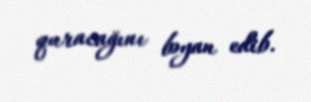
quracağını bəyan edib.